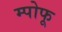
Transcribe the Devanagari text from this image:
म्पोफू